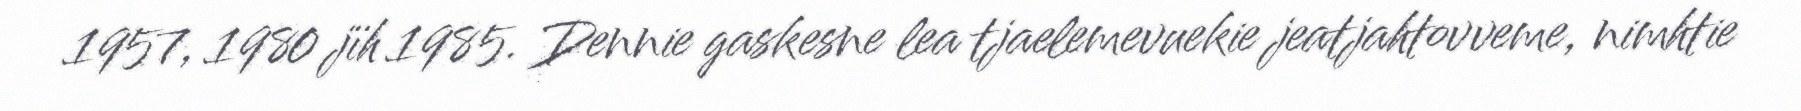
1957, 1980 jïh 1985. Dennie gaskesne lea tjaelemevuekie jeatjahtovveme, nimhtie